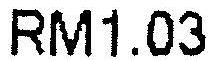
RM1.03